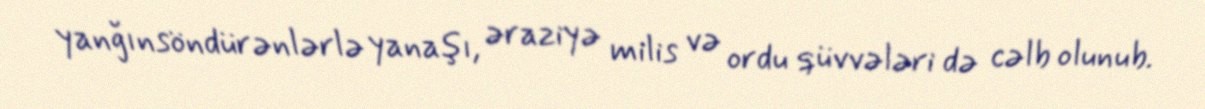
yanğınsöndürənlərlə yanaşı, əraziyə milis və ordu qüvvələri də cəlb olunub.